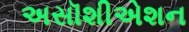
અસૉશીએશન